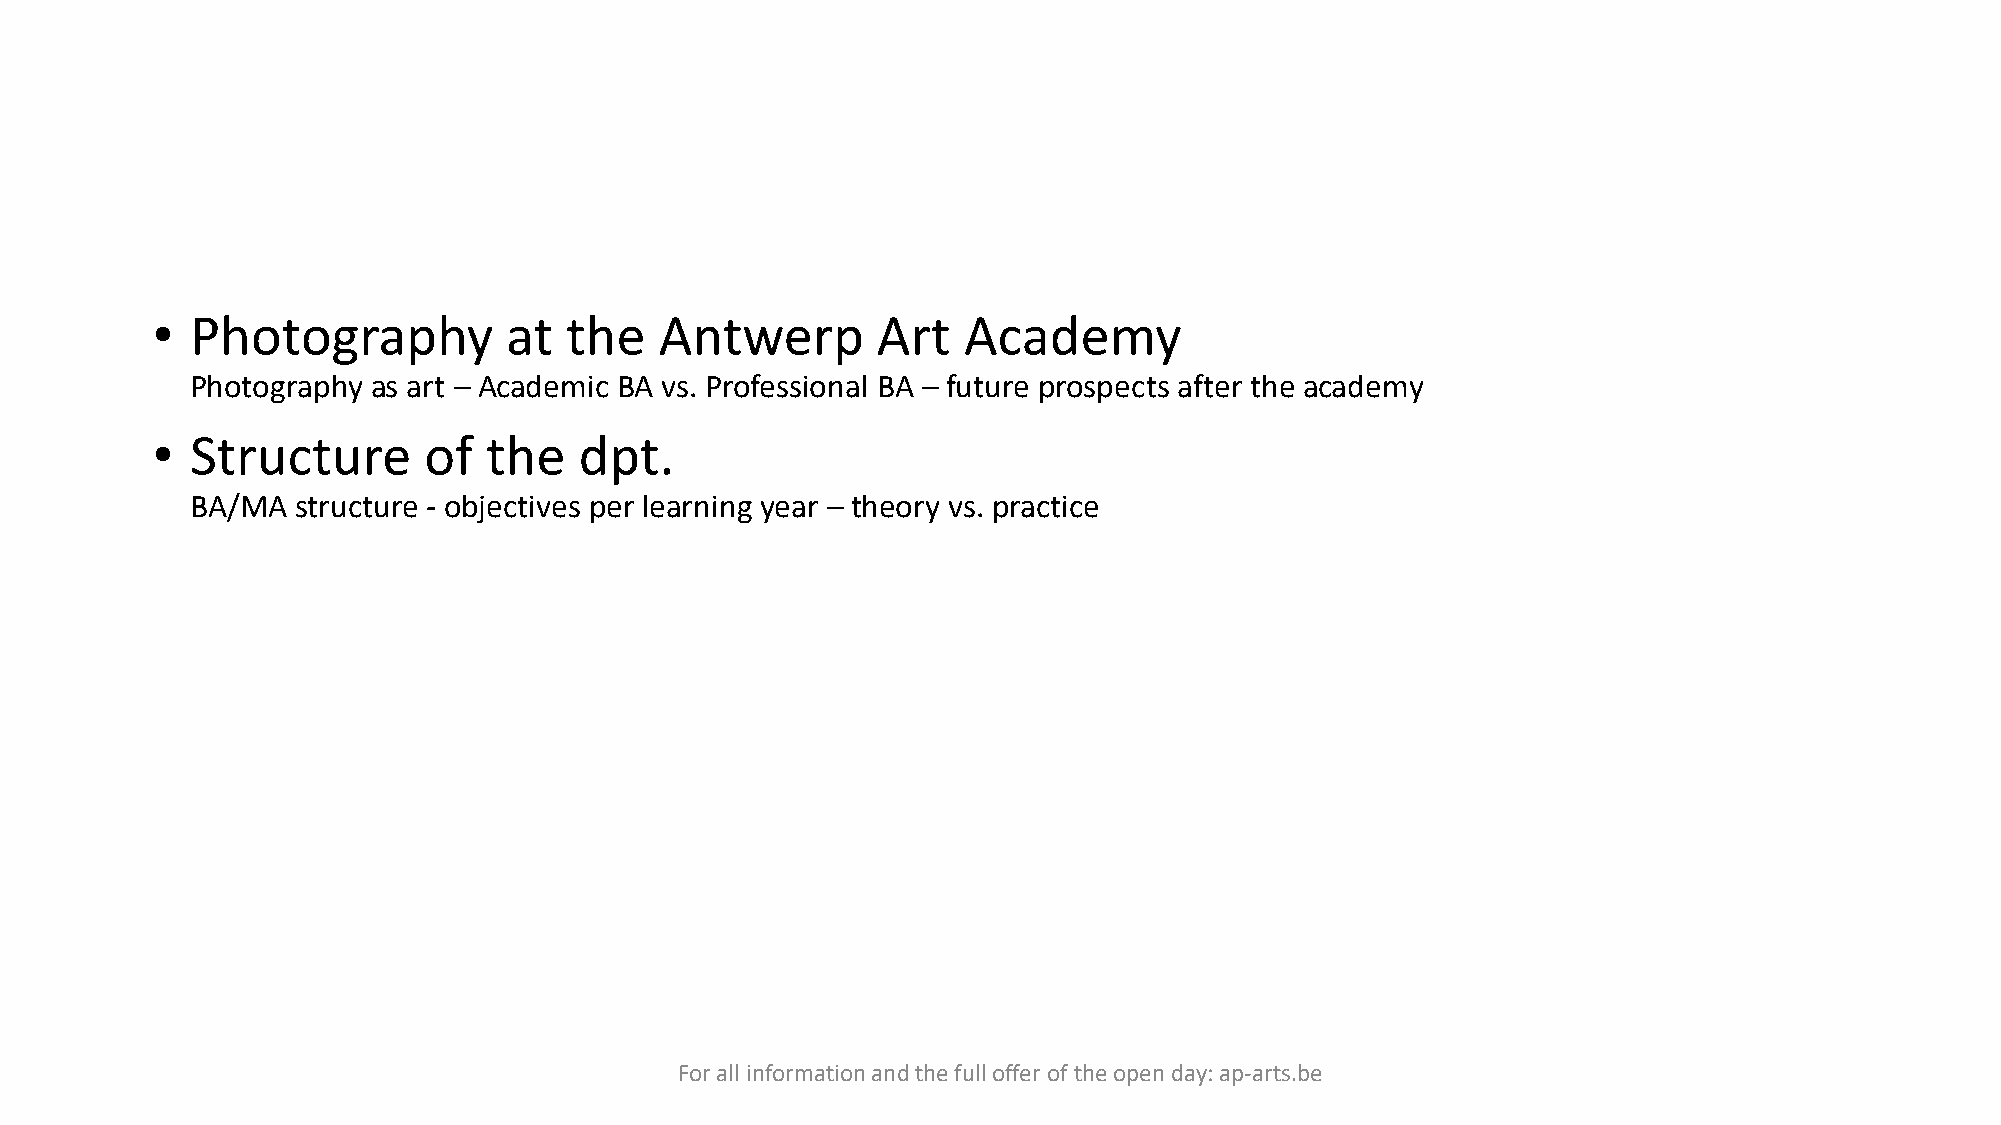
•  Photography         at  the    Antwerp       Art   Academy
 Photography as art – Academic BA vs. Professional BA – future prospects after the academy
 •  Structure      of  the   dpt.
 BA/MA  structure - objectives per learning year – theory vs. practice
 For all information and the full offer of the open day: ap-arts.be